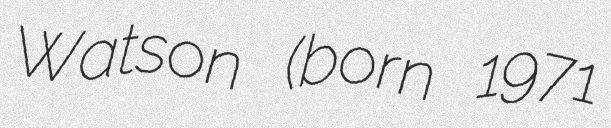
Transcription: Watson (born 1971